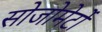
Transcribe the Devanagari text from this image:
सोजोमेर्टो